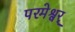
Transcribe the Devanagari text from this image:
परमेश्वर्